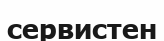
сервистен